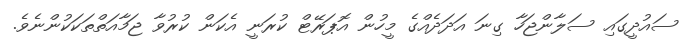
ސައުދީގައި ސަލާންޖަހާ ގިނަ އަދަދެއްގެ މީހުން އޮޕަރޭޓް ކުރަނީ އެކަން ކުރުވާ ޖަމާއަތްތަކަކުންނެވެ.